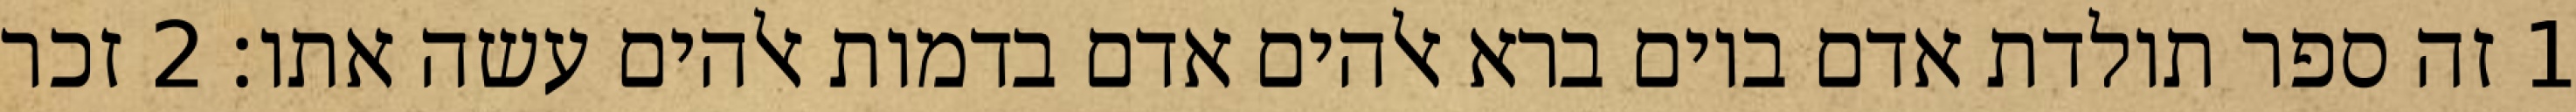
1 זה ספר תולדת אדם ביום ברא אלהים אדם בדמות אלהים עשה אתו׃ ‎2‏ זכר